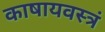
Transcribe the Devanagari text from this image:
काषायवस्त्रं